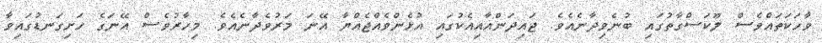
ވާހަކަތައްވެސް ލޫކަސްގާތުގައި ބުނެވިދާނެއެވެ. ޖައިދަންއާއިއެކުގައި އުޅެންވެއްޖެއްޔާ އޭނަ މަރުވެދާނެއެވެ. މިހާރުވެސް އޭނަގެ ހަށިގަނޑުގައިވާ